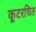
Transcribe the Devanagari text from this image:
कूटरचित